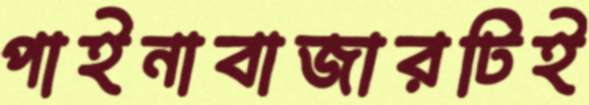
পাইনাবাজারটিই